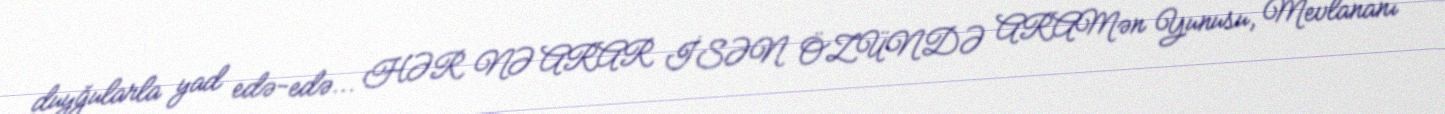
duyğularla yad edə-edə... HƏR NƏ ARAR İSƏN ÖZÜNDƏ ARAMən Yunusu, Mevlananı